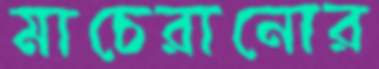
মাচেরানোর